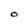
Character: O